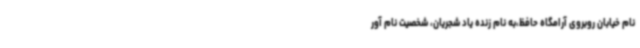
نام خیابان روبروی آرامگاه حافظ،به نام زنده یاد شجریان، شخصیت نام آور